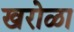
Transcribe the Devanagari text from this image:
खरोळा